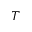
T